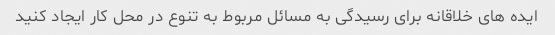
ایده های خلاقانه برای رسیدگی به مسائل مربوط به تنوع در محل کار ایجاد کنید